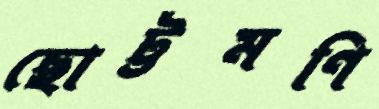
ছোট্টমণি